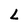
Character: L